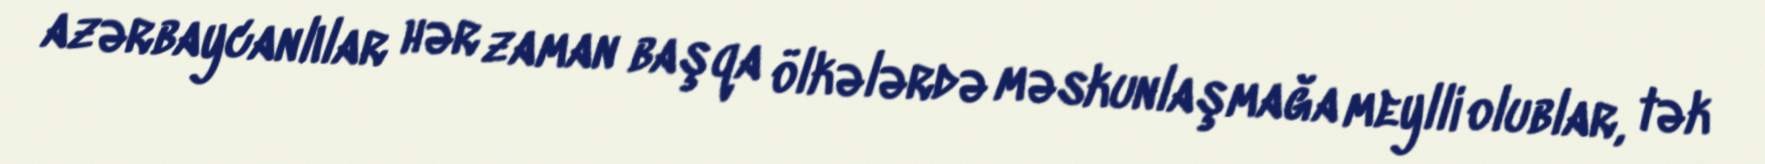
azərbaycanlılar hər zaman başqa ölkələrdə məskunlaşmağa meylli olublar, tək